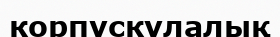
корпускулалық